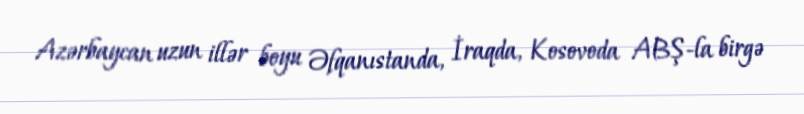
Azərbaycan uzun illər boyu Əfqanıstanda, İraqda, Kosovoda ABŞ-la birgə